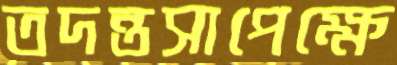
তদন্তসাপেক্ষে